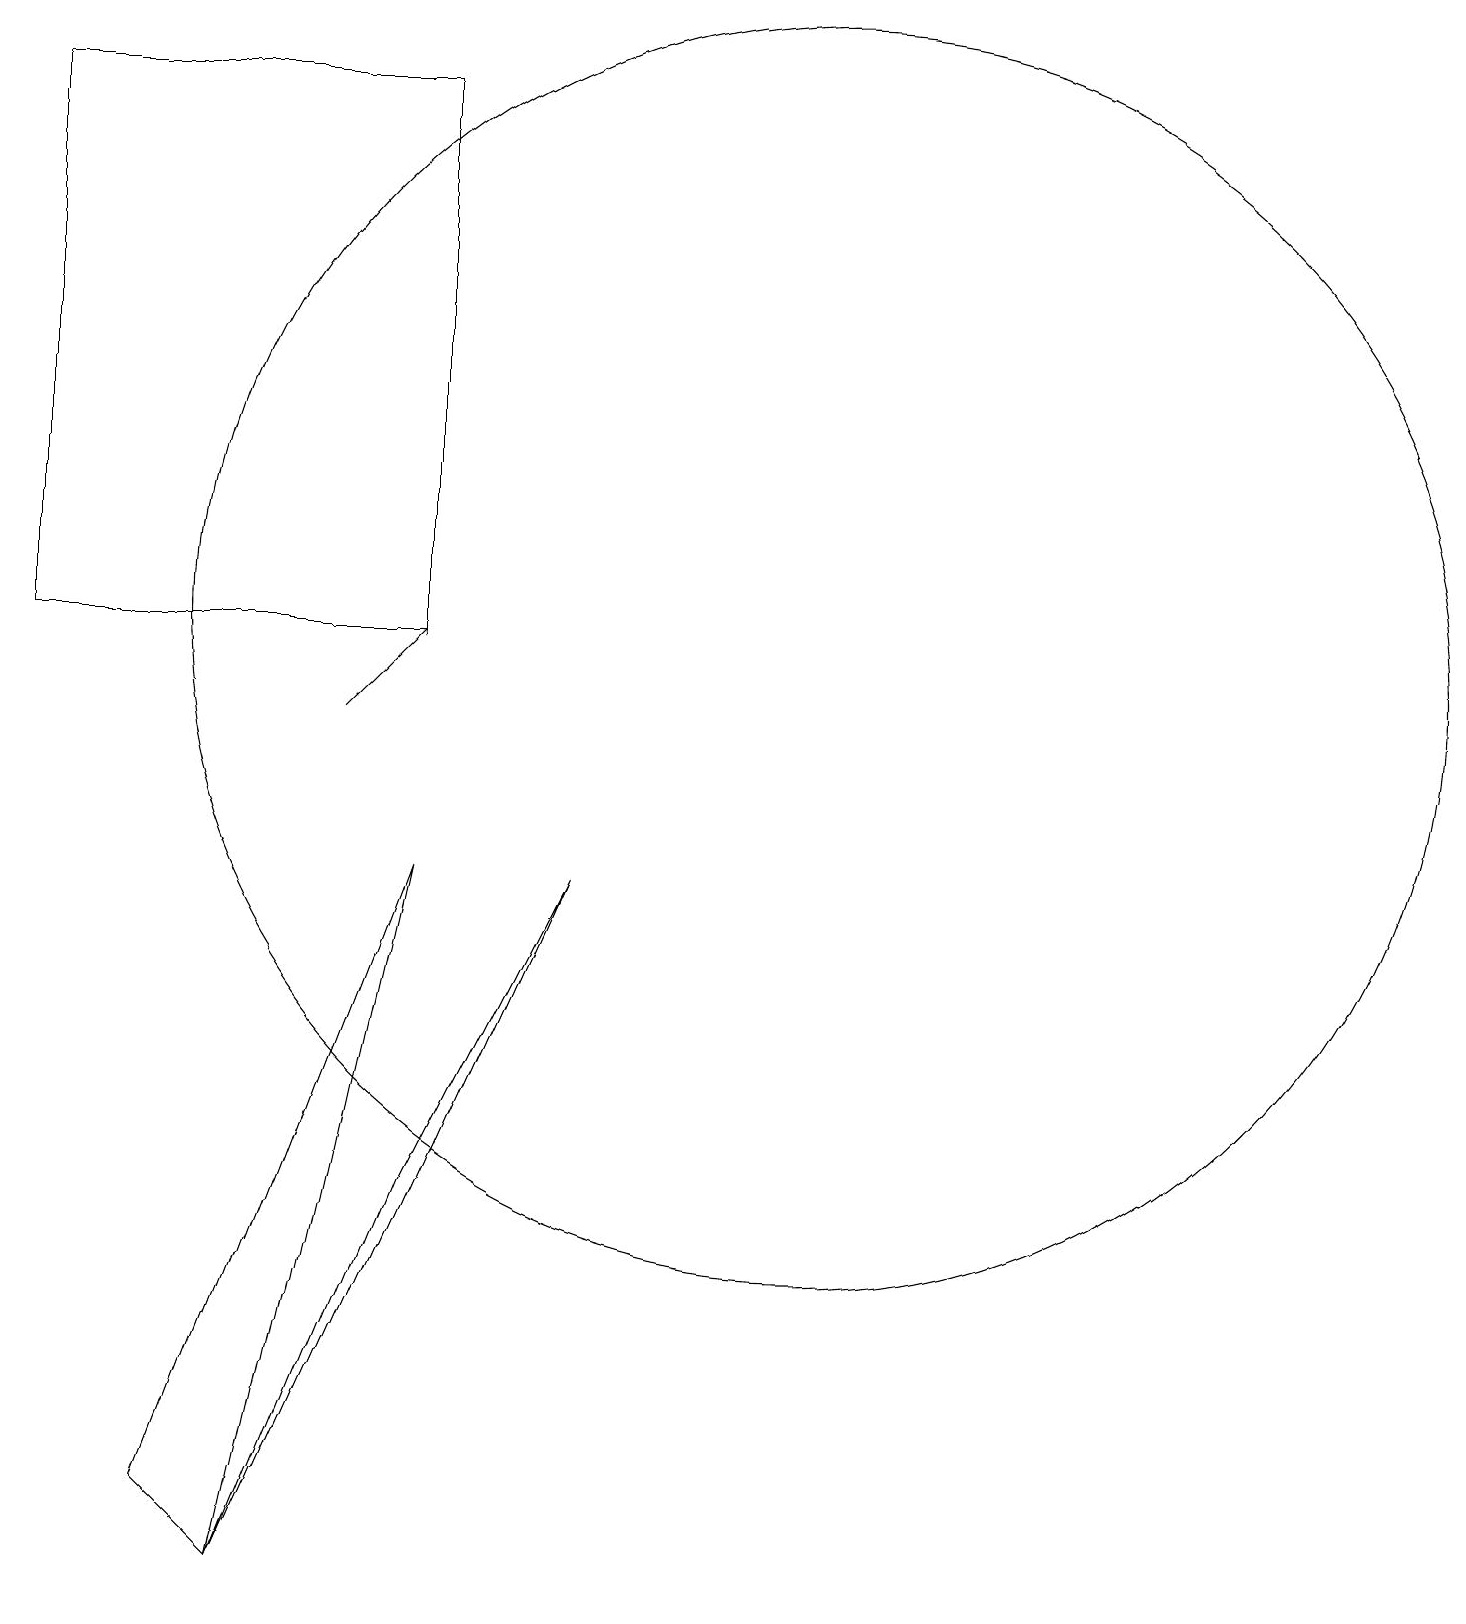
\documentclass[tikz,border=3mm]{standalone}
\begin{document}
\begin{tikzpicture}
\draw (0,12) rectangle (5,19);
\draw (10,12) circle (8);
\draw[->] (4,11) -- (5,12);
\draw (7,9) -- (3,0) -- (5,5) -- cycle;
\draw (5,9) -- (2,1) -- (3,0) -- cycle;
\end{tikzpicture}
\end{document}